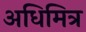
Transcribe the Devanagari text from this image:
अधिमित्र